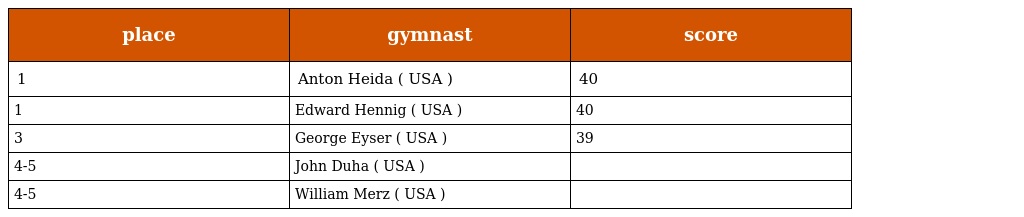
| place | gymnast | score |
 | --- | --- | --- |
 | 1 | Anton Heida ( USA ) | 40 |
 | 1 | Edward Hennig ( USA ) | 40 |
 | 3 | George Eyser ( USA ) | 39 |
 | 4-5 | John Duha ( USA ) |  |
 | 4-5 | William Merz ( USA ) |  |